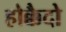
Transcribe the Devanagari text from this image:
होक्कैदो